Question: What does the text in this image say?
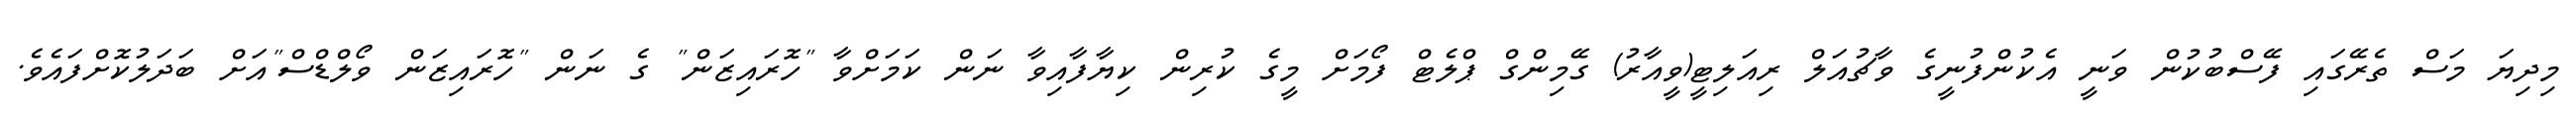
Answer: މިދިޔަ މަސް ތެރޭގައި ފޭސްބުކުން ވަނީ އެކުންފުނީގެ ވާޗުއަލް ރިއަލިޓީ(ވީއާރު) ގޭމިންގް ޕްލެޓް ފޯމަށް މީގެ ކުރިން ކިޔާފާއިވާ ނަން ކަމަށްވާ "ހޮރައިޒަން" ގެ ނަން "ހޮރައިޒަން ވޯލްޑްސް"އަށް ބަދަލުކޮށްފައެވެ.